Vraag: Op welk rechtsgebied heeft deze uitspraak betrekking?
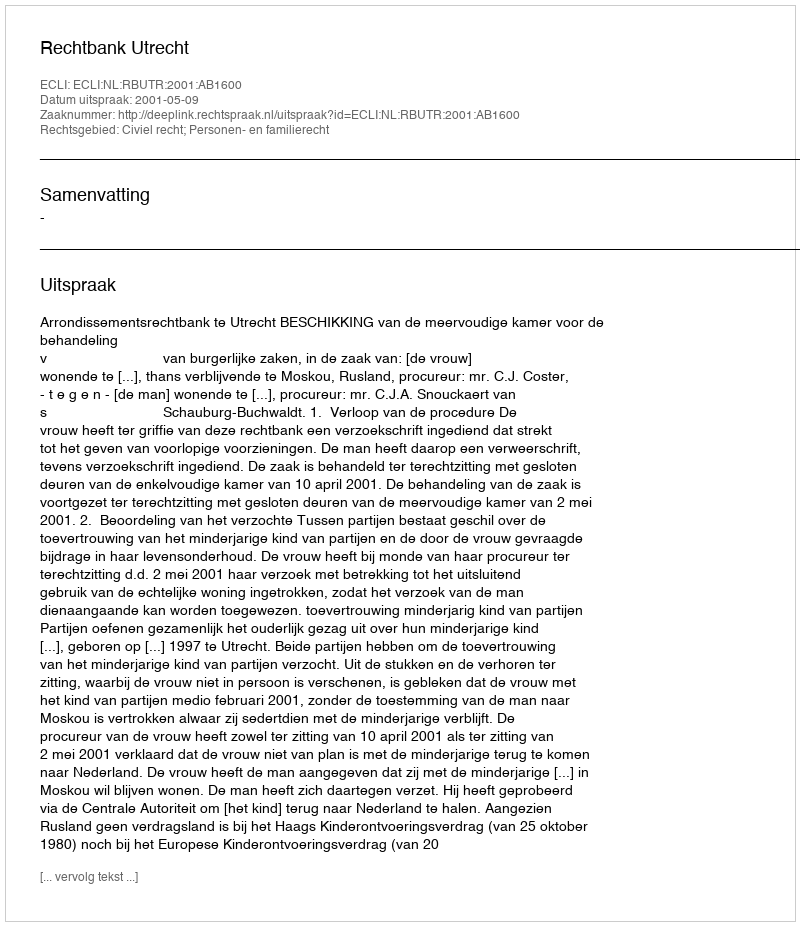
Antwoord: Civiel recht; Personen- en familierecht